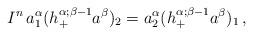
LaTeX: \begin{align*} I^n\, a_1^\alpha (h_+^{\alpha;\beta-1}a^\beta)_2 = a_2^\alpha (h_+^{\alpha;\beta-1}a^\beta)_1\,,\end{align*}